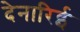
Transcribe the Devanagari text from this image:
देनारिई